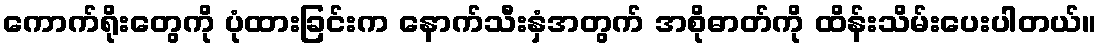
ကောက်ရိုးတွေကို ပုံထားခြင်းက နောက်သီးနှံအတွက် အစိုဓာတ်ကို ထိန်းသိမ်းပေးပါတယ်။